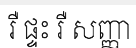
រឺ ផ្ទះ រឺ សញ្ញា